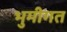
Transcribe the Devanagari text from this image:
भुमीगत